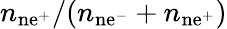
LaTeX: n_{\mathrm{n{e^{+}}}}/(n_{\mathrm{n{e^{-}}}}+n_{\mathrm{n{e^{+}}}})